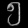
Digit: ၅